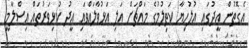
އެގޮތުން އީދުގައި އުލުހިޔާ ކަތިލުމުގެ މައްޗަށް އަލި އަޅުވާލައްވައި އީދު ކުޅިވަރުތައް އިސްލާމީ